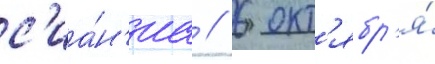
с'иа́н'иа // 6 окт'ябр'я́